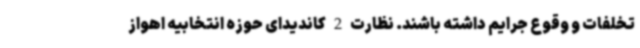
تخلفات و وقوع جرایم داشته باشند. نظارت 2 کاندیدای حوزه انتخابیه اهواز